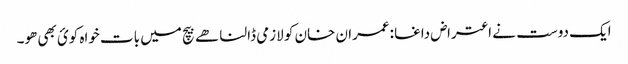
ایک دوست نے اعتراض داغا :عمران خان کو لازمی ڈالنا ھے بیچ میں بات خواہ کوئ بھی ھو۔